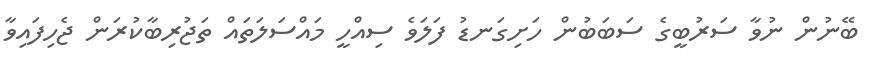
ބޭނުން ނުވާ ސަރުބީގެ ސަބަބުން ހަށިގަނޑު ފަލަވެ ސިއްހީ މައްސަލަތައް ތަޖުރިބާކުރަން ޖެހިފައިވާ